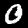
Label: 0